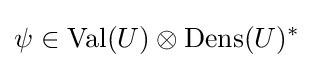
\psi \in \operatorname {Val} (U)\otimes \operatorname {Dens} (U)^{*}